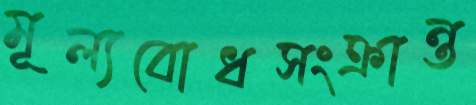
মূল্যবোধসংক্রান্ত